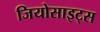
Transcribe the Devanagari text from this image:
जियोसाइट्स